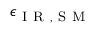
\epsilon _ { \mathrm { ~ I ~ R ~ , ~ S ~ M ~ } }